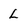
Character: L